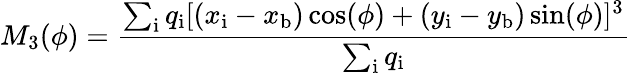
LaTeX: M_{3}(\phi)=\frac{\sum_{\mathrm{{i}}}q_{\mathrm{{i}}}[(x_{\mathrm{{i}}}-x_{\mathrm{{b}}})\cos(\phi)+(y_{\mathrm{{i}}}-y_{\mathrm{{b}}})\sin(\phi)]^{3}}{\sum_{\mathrm{{i}}}q_{\mathrm{{i}}}}